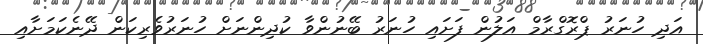
އަދި ހުނަރު ޕްރޮގްރާމް އަލުން ފަށައި ހުނަރު ބޭނުންވާ ކުދިންނަށް ހުނަރުވެރިކަން ދޭނެކަމަށާއި